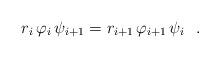
LaTeX: \begin{align*}r_i \, \varphi_i \, \psi_{i+1}=r_{i+1} \, \varphi_{i+1} \, \psi_i \ \ .\end{align*}